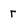
Character: r